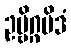
ဥဗ္ဗိဂ္ဂမိဒံ